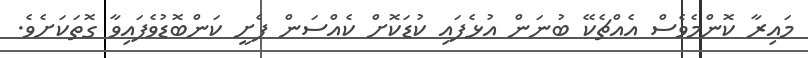
މައިރާ ކޮންމެވެސް އެއްޗެކޭ ބުނަން އުޅެފައި ކުޑަކޮށް ކެއްސަން ފެށީ ކަންބޮޑުވެފައިވާ ގޮތަކަށެވެ.